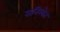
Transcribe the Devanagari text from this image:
रानिखेत